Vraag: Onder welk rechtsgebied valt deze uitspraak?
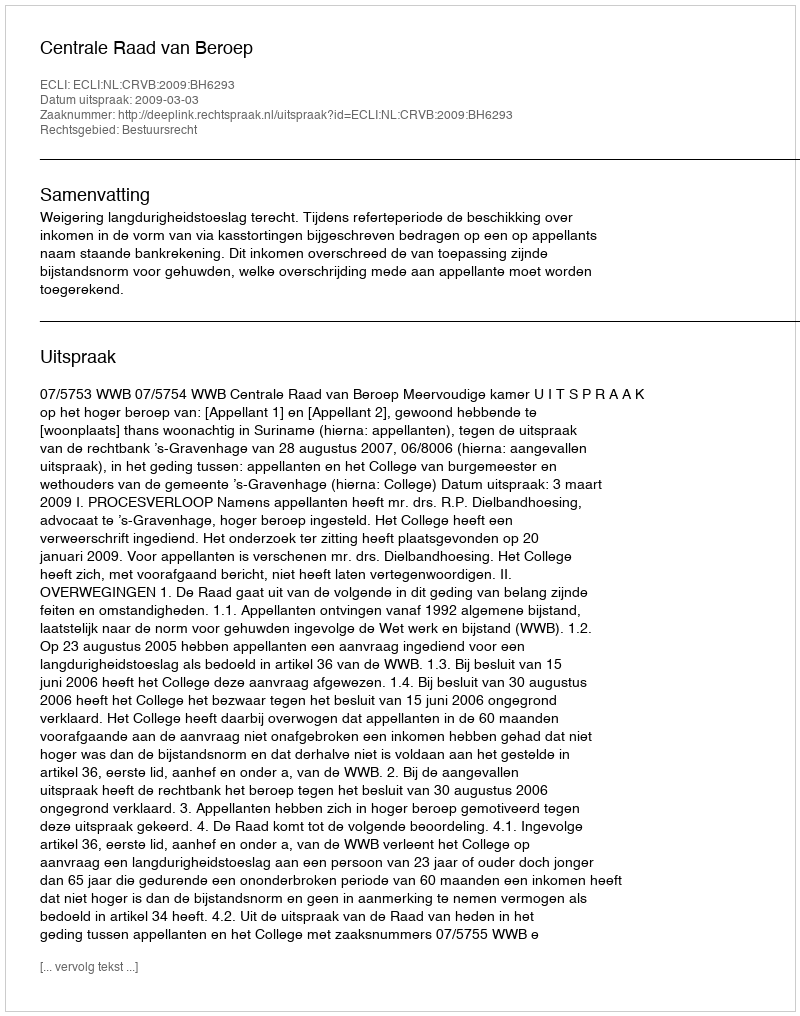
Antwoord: Bestuursrecht